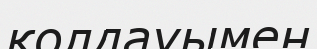
қолдауымен